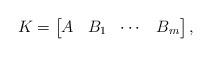
LaTeX: \begin{align*} K = \begin{bmatrix} A & B_1 & \cdots & B_m \end{bmatrix},\end{align*}